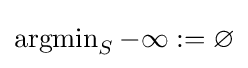
\operatorname {argmin} _{S}-\infty :=\varnothing